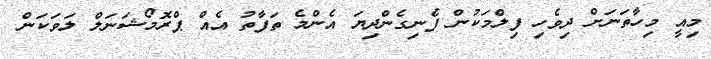
މިއީ މިހާތަނަށް ދިވެހި ފިލްމަކުން ފެނިގެންދިޔަ އެންމެ ތަފާތު އެއް ޕްރޮމޯޝަނަލް ލަވަކަން